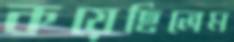
কয়েছিলেম